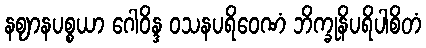
နဈာနပစ္စယာ ဂေါဝိန္ဒ ဝသနပရိဝေဏံ ဘိက္ခုနိပရိပါစိတံ